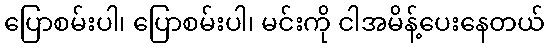
ပြောစမ်းပါ၊ ပြောစမ်းပါ၊ မင်းကို ငါအမိန့်ပေးနေတယ်